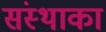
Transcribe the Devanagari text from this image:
संस्‍थाका